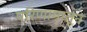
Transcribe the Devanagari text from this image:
परिणामातून